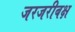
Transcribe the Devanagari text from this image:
जरजरीबक्ष